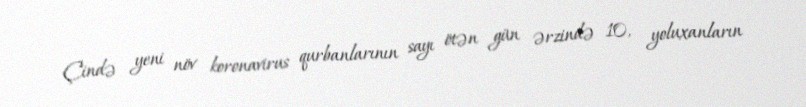
Çində yeni növ koronavirus qurbanlarının sayı ötən gün ərzində 10, yoluxanların